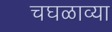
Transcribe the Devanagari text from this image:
चघळाव्या